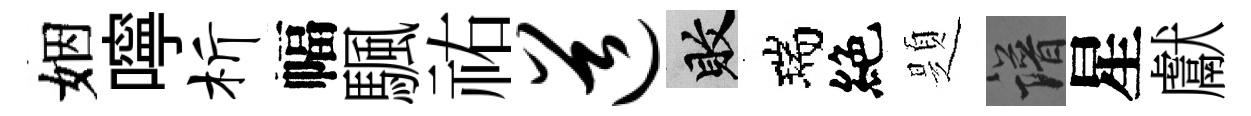
姻嚀析幅颿祐道敗瑞絶題譜星獻